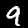
Digit: 9